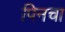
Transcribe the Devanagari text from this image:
पिनचा